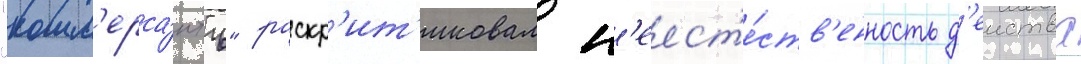
"комм'ерса́нтъ" раскр'ит'иковал н'еест'е́ств'енность д'еиства